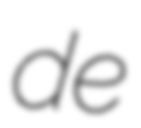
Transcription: de